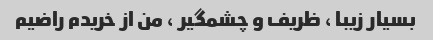
بسیار زیبا ، ظریف و چشمگیر ، من از خریدم راضیم